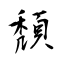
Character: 頽